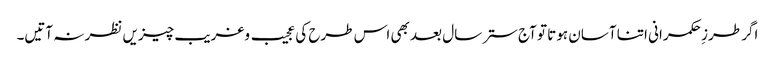
اگر طرزِ حکمرانی اتنا آسان ہوتا تو آج ستر سال بعد بھی اس طرح کی عجیب وغریب چیزیں نظر نہ آتیں۔